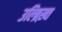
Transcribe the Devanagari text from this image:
उल्ब्रिख़्त